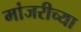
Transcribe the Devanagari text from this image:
मांजरीच्या